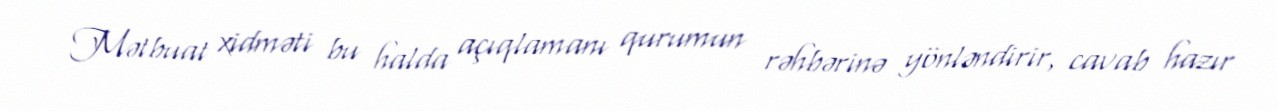
Mətbuat xidməti bu halda açıqlamanı qurumun rəhbərinə yönləndirir, cavab hazır